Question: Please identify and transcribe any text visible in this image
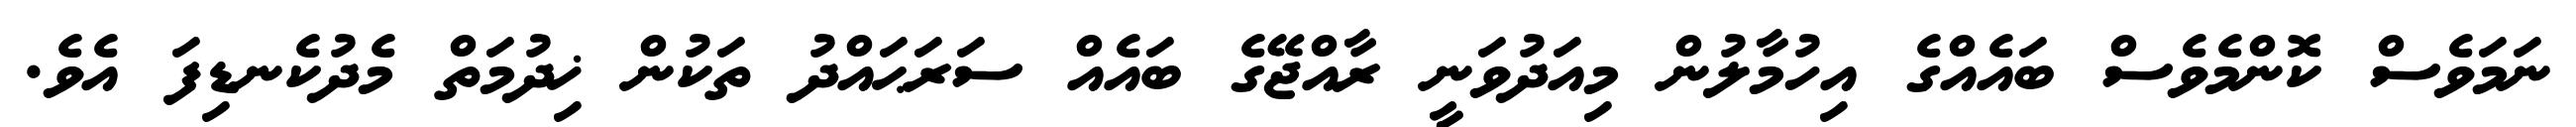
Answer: ނަމަވެސް ކޮންމެވެސް ބައެއްގެ އިހުމާލުން މިއަދުވަނީ ރާއްޖޭގެ ބައެއް ސަރަޙައްދު ތަކުން ޚިދުމަތް މެދުކެނޑިފަ އެވެ.